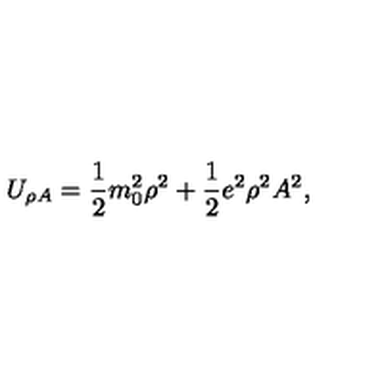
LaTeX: U _ { \rho A } = { \frac { 1 } { 2 } } m _ { 0 } ^ { 2 } \rho ^ { 2 } + { \frac { 1 } { 2 } } e ^ { 2 } \rho ^ { 2 } A ^ { 2 } ,